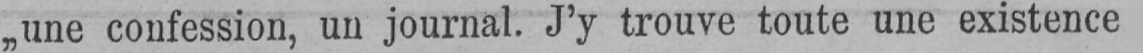
„une confession, un journal. J’y trouve toute une existence